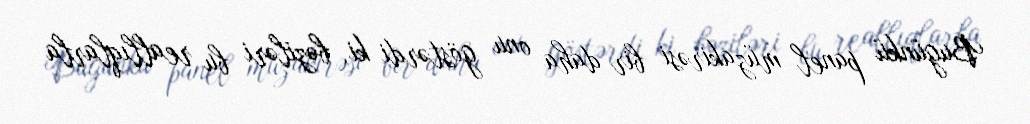
Bugünkü panel müzakirəsi bir daha onu göstərdi ki, bəziləri bu reallıqlarla